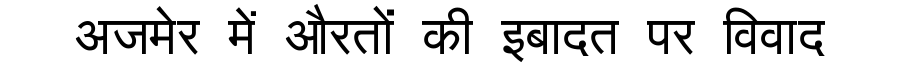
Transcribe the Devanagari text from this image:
अजमेर में औरतों की इबादत पर विवाद